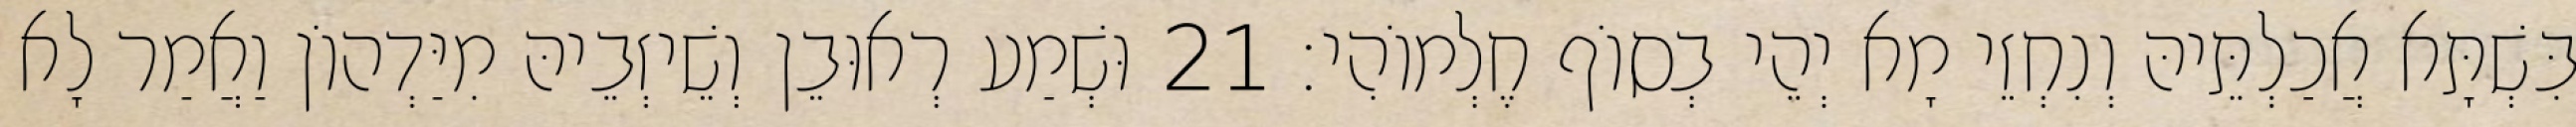
בִּשְׁתָּא אֲכַלְתֵּיהּ וְנִחְזֵי מָא יְהֵי בְסוֹף חֶלְמוֹהִי׃ 21 וּשְׁמַע רְאוּבֵן וְשֵׁיזְבֵיהּ מִיַּדְהוֹן וַאֲמַר לָא